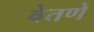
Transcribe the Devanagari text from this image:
वेतणे